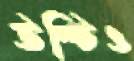
উল্‌টিও